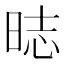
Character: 𣇌